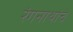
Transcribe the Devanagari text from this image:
रंगनाथांचे